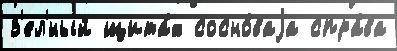
з'ел'́ный щита́х сосно́ваjа спра́ва